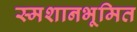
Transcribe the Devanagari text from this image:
स्मशानभूमित